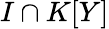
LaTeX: I\cap K[Y]